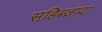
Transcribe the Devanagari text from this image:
सहिब्ज़ादा